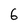
Character: 6